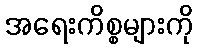
အရေးကိစ္စများကို